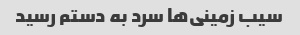
سیب زمینی‌ها سرد به دستم رسید